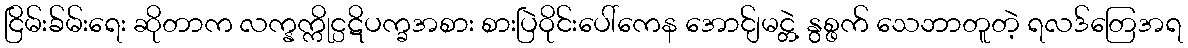
ငြိမ်းခ်မ်းရေး ဆိုတာက လက္နက္ကိုင္ပဋိပက္ခအစား စားပြဲဝိုင်းပေါ်ကေန အောင်ျမင္တဲ့ နွစ္ဖက် သေဘာတူတဲ့ ရလဒ်တြေအရ